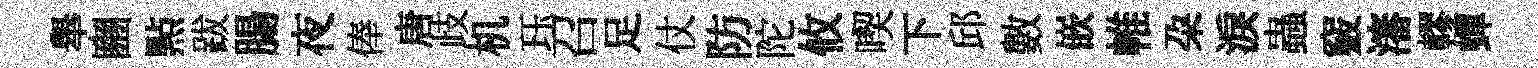
舉豳㸃跋腸夜俸唐歧机珏召足仗防陀攸喫下邱數嵌帷朶淚蟲竅瀋轇蟬